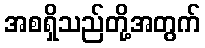
အစရှိသည်တို့အတွက်